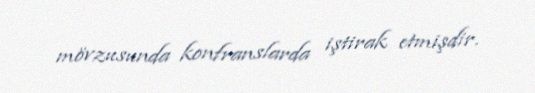
mövzusunda konfranslarda iştirak etmişdir.